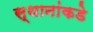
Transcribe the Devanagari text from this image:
स्थानांकडे